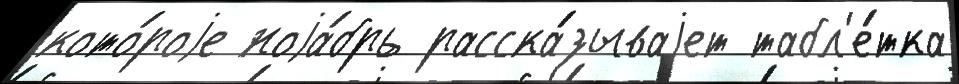
кото́роjе ноjа́брь расска́зываjет табл'е́тка